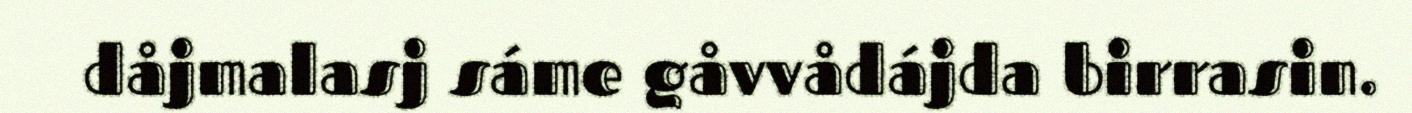
dåjmalasj sáme gåvvådájda birrasin.